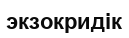
экзокридік